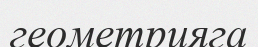
геометрияга